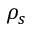
\rho _ { s }